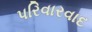
પરિવારવાદ